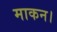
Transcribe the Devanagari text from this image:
माकन।